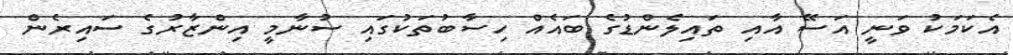
އެކަމަކު ވަނީ އަސޭ އާއި ތައިލެންޑުގެ ބައެއް ހިސާބުތަކުގައި ސުނާމީ އިންޒާރުގެ ސައިރެން